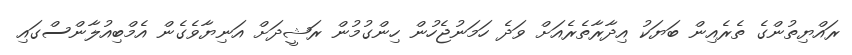
ރައްޔިތުންގެ ތެރެއިން ބަޔަކު އިދާރާތެރެއަށް ވަދެ ހަމަނުޖެހުން ހިންގުމުން ރަޝީދަށް އަނިޔާވެގެން އެމްބިއުލާންސްގައި